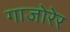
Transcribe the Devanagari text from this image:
गाजोरेर